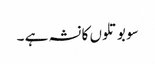
سو بوتلوں کا نشہ ہے ۔